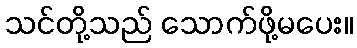
သင်တို့သည် သောက်ဖို့မပေး။